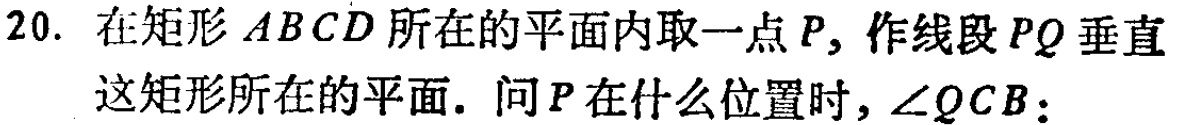
20. 在矩形 \(ABCD\) 所在的平面内取一点 \(P\)，作线段 \(PQ\) 垂直这矩形所在的平面. 问 \(P\) 在什么位置时, \(\angle QCB\)：